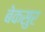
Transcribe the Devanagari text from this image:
बेकसुर